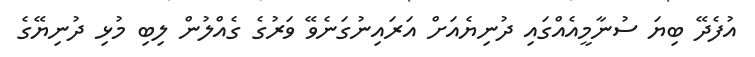
އުފެދޭ ބިޔަ ސުނާމީއެއްގައި ދުނިޔެއަށް އަރައިނުގަނެވޭ ވަރުގެ ގެއްލުން ލިބި މުޅި ދުނިޔޭގެ